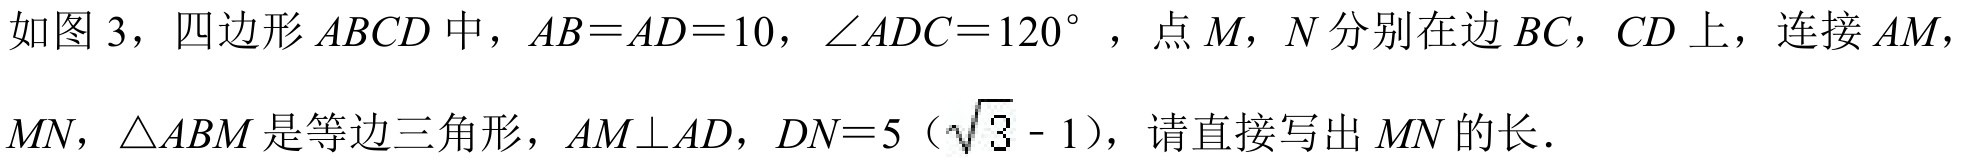
如图3，四边形\(ABCD\)中，\(AB = AD = 10\)，\(\angle ADC = 120^{\circ}\) ，点\(M\)，\(N\)分别在边\(BC\)，\(CD\)上，连接\(AM\)，\(MN\)，\(\triangle ABM\)是等边三角形，\(AM\perp AD\)，\(DN = 5(\sqrt{3} - 1)\)，请直接写出\(MN\)的长．